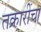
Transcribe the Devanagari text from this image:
तक्रारींचा